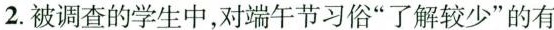
2.被调查的学生中，对端午节习俗”了解较少”的有